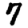
Digit: 7